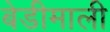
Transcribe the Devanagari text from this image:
बेडीमाली